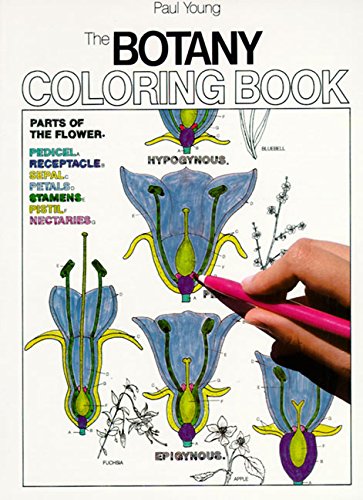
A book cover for The Botany Coloring Book; Paul Young; Science & Math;